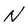
Character: N